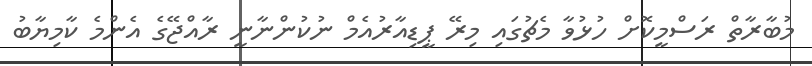
މުބާރާތް ރަސްމީކޮށް ހުޅުވާ މެޗުގައި މިރޭ ޕީޑިއާރުއެމް ނުކުންނާނީ ރާއްޖޭގެ އެންމެ ކާމިޔާބު